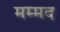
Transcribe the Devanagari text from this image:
मम्मद